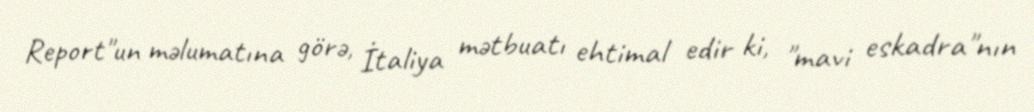
Report"un məlumatına görə, İtaliya mətbuatı ehtimal edir ki, "mavi eskadra"nın